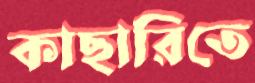
কাছারিতে